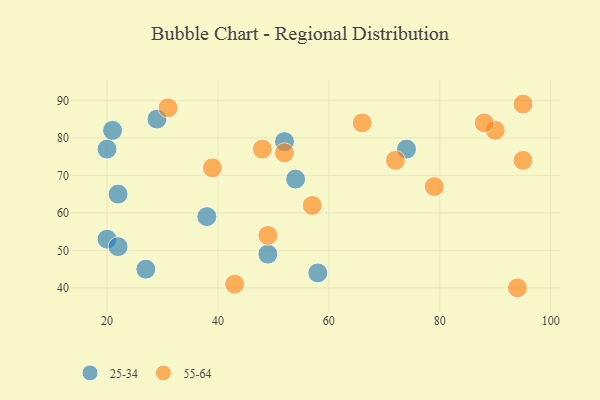
{"axis": {"x": "GDP", "y": "Life Expectancy"}, "legend": ["25-34", "55-64"], "data": [{"x": "20", "y": 77, "type": "25-34"}, {"x": "20", "y": 53, "type": "25-34"}, {"x": "29", "y": 85, "type": "25-34"}, {"x": "52", "y": 79, "type": "25-34"}, {"x": "74", "y": 77, "type": "25-34"}, {"x": "58", "y": 44, "type": "25-34"}, {"x": "49", "y": 49, "type": "25-34"}, {"x": "22", "y": 51, "type": "25-34"}, {"x": "21", "y": 82, "type": "25-34"}, {"x": "22", "y": 65, "type": "25-34"}, {"x": "54", "y": 69, "type": "25-34"}, {"x": "27", "y": 45, "type": "25-34"}, {"x": "38", "y": 59, "type": "25-34"}, {"x": "90", "y": 82, "type": "55-64"}, {"x": "43", "y": 41, "type": "55-64"}, {"x": "72", "y": 74, "type": "55-64"}, {"x": "52", "y": 76, "type": "55-64"}, {"x": "79", "y": 67, "type": "55-64"}, {"x": "95", "y": 89, "type": "55-64"}, {"x": "57", "y": 62, "type": "55-64"}, {"x": "88", "y": 84, "type": "55-64"}, {"x": "94", "y": 40, "type": "55-64"}, {"x": "39", "y": 72, "type": "55-64"}, {"x": "66", "y": 84, "type": "55-64"}, {"x": "95", "y": 74, "type": "55-64"}, {"x": "49", "y": 54, "type": "55-64"}, {"x": "48", "y": 77, "type": "55-64"}, {"x": "31", "y": 88, "type": "55-64"}]}